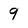
Character: 9